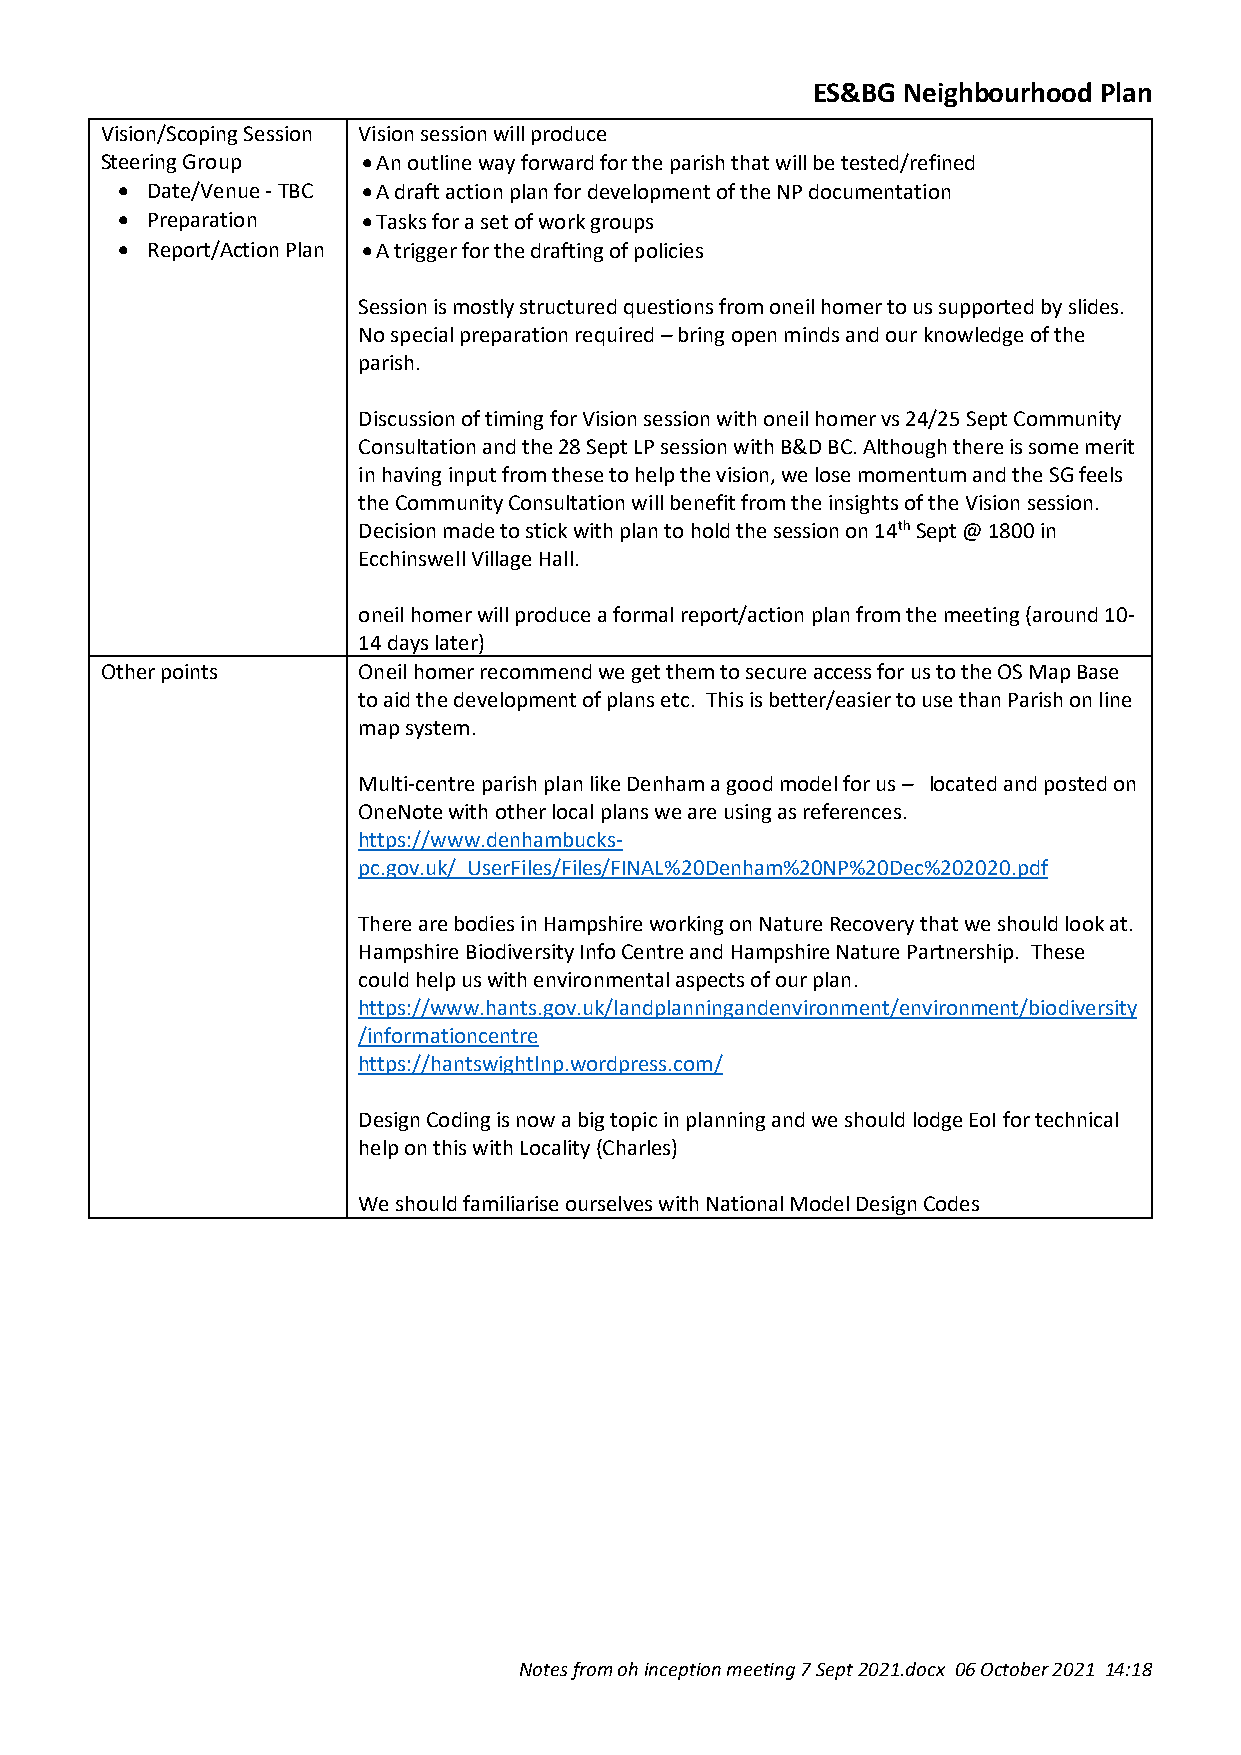
ES&BG Neighbourhood Plan
 Vision/Scoping Session Vision session will produce
 Steering Group   • An outline way forward for the parish that will be tested/refined
 • Date/Venue - TBC • A draft action plan for development of the NP documentation
 • Preparation   • Tasks for a set of work groups
 • Report/Action Plan • A trigger for the drafting of policies
 Session is mostly structured questions from oneil homer to us supported by slides.
 No special preparation required – bring open minds and our knowledge of the
 parish.
 Discussion of timing for Vision session with oneil homer vs 24/25 Sept Community
 Consultation and the 28 Sept LP session with B&D BC. Although there is some merit
 in having input from these to help the vision, we lose momentum and the SG feels
 the Community Consultation will benefit from the insights of the Vision session.
 Decision made to stick with plan to hold the session on 14th Sept @ 1800 in
 Ecchinswell Village Hall.
 oneil homer will produce a formal report/action plan from the meeting (around 10-
 14 days later)
 Other points     Oneil homer recommend we get them to secure access for us to the OS Map Base
 to aid the development of plans etc. This is better/easier to use than Parish on line
 map system.
 Multi-centre parish plan like Denham a good model for us – located and posted on
 OneNote with other local plans we are using as references.
 https://www.denhambucks-
 pc.gov.uk/_UserFiles/Files/FINAL%20Denham%20NP%20Dec%202020.pdf
 There are bodies in Hampshire working on Nature Recovery that we should look at.
 Hampshire Biodiversity Info Centre and Hampshire Nature Partnership. These
 could help us with environmental aspects of our plan.
 https://www.hants.gov.uk/landplanningandenvironment/environment/biodiversity
 /informationcentre
 https://hantswightlnp.wordpress.com/
 Design Coding is now a big topic in planning and we should lodge EoI for technical
 help on this with Locality (Charles)
 We should familiarise ourselves with National Model Design Codes
 Notes from oh inception meeting 7 Sept 2021.docx 06 October 2021 14:18